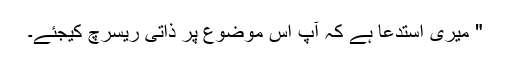
"‌ میری استدعا ہے کہ آپ اس موضوع پر ذاتی ریسرچ کیجئے۔